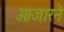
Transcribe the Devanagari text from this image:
आजारने